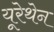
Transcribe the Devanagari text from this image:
यूरेथेन